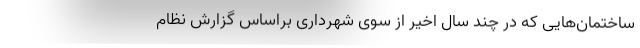
ساختمان‌هایی که در چند سال اخیر از سوی شهرداری براساس گزارش نظام